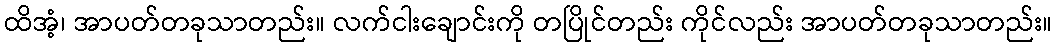
ထိအံ့၊ အာပတ်တခုသာတည်း။ လက်ငါးချောင်းကို တပြိုင်တည်း ကိုင်လည်း အာပတ်တခုသာတည်း။